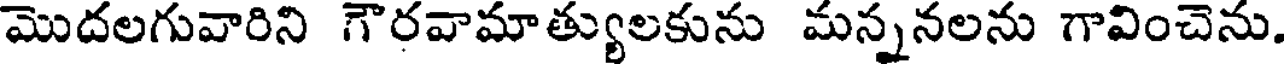
మొదలగువారిని గౌరవామాత్యులకును మన్ననలను గావించెను.